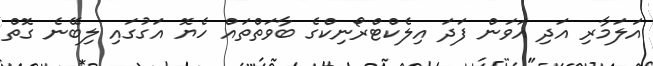
އަލަމާރި އަދި އަވަން ފަދަ އިލެކްޓްރޯނިކްގެ ބާވަތްތައް ހެޔޮ އަގުގައި ލިބޭނެ ގޮތް